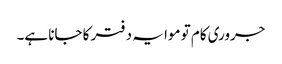
جروری کام تو موا یہ دفتر کا جانا ہے۔